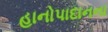
હાનોપાદાનના